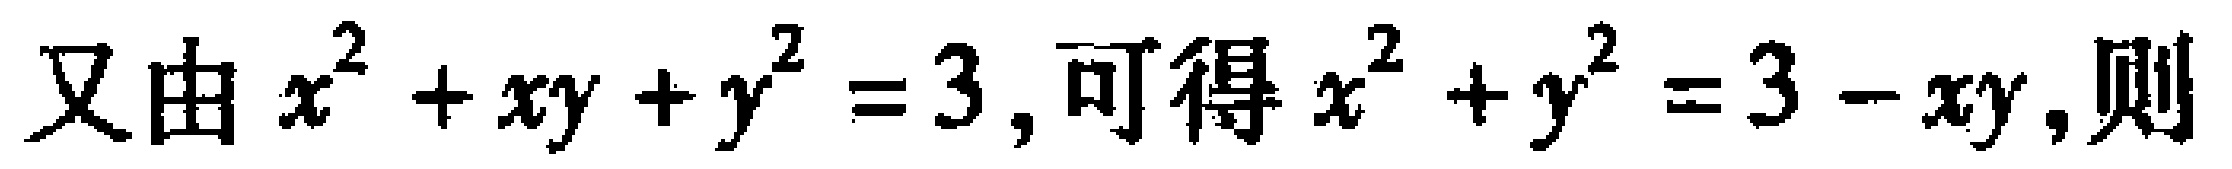
又由$x^{2}+xy + y^{2}=3$, 可得$x^{2}+y^{2}=3 - xy$, 则